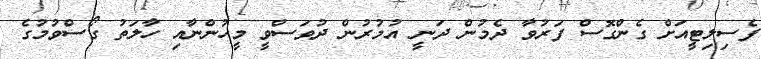
ފެސިލިޓީއަށް ގެންގޮސް ފަރުވާ ދެމުން ދަނީ އުމުރުން ދުވަސްވީ މީހުންނާއި ހާލަތު ގޯސްވުމުގެ